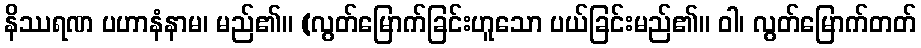
နိဿရဏ ပဟာနံနာမ၊ မည်၏။ (လွတ်မြောက်ခြင်းဟူသော ပယ်ခြင်းမည်၏။ ဝါ၊ လွတ်မြောက်တတ်